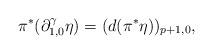
LaTeX: \begin{align*}\pi^{\ast}(\partial_{1,0}^{\gamma}\eta)=(d(\pi^{\ast}\eta))_{p+1,0},\end{align*}